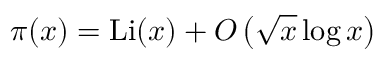
\pi ( x ) = \operatorname { L i } ( x ) + O \left( { \sqrt { x } } \log x \right)